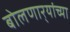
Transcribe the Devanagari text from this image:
बोलणार्‍यांच्या